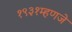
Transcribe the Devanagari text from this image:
१९३१म्हणजे